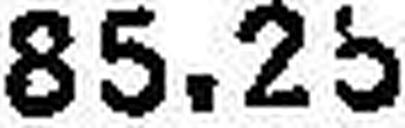
85.25